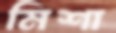
মিশা